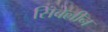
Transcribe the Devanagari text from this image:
सिंबेलीन